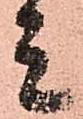
ミ